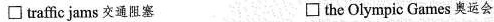
\Box traffic jams 交通阻塞 \Box the Olympic Games 奥运会